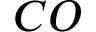
C O